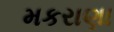
મકરાણા